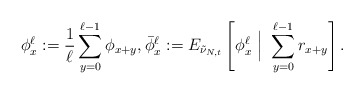
\begin{align*} \phi_x^\ell:=\frac1\ell\sum_{y=0}^{\ell-1} \phi_{x+y}, \bar\phi_x^\ell:=E_{\tilde\nu_{N,t}} \left[ \phi_x^\ell~\Big|~\sum_{y=0}^{\ell-1} r_{x+y} \right].\end{align*}